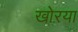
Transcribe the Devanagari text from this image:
खोऱया